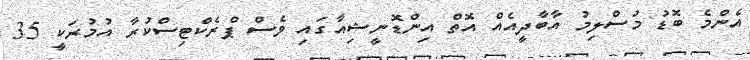
އެންމެ ބޮޑު މުސްލިމު އާބާދީއެއް އޮތް އިންޑޮނީޝިއާގައި ވެސް ޕްރެކްޓިސްކުރާ އުމުރަކީ 35